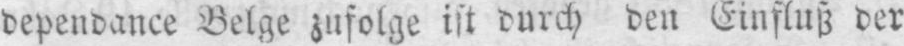
dependance Belge zufolge ist durch den Einfluß der